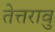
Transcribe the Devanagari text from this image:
तेत्तरावु